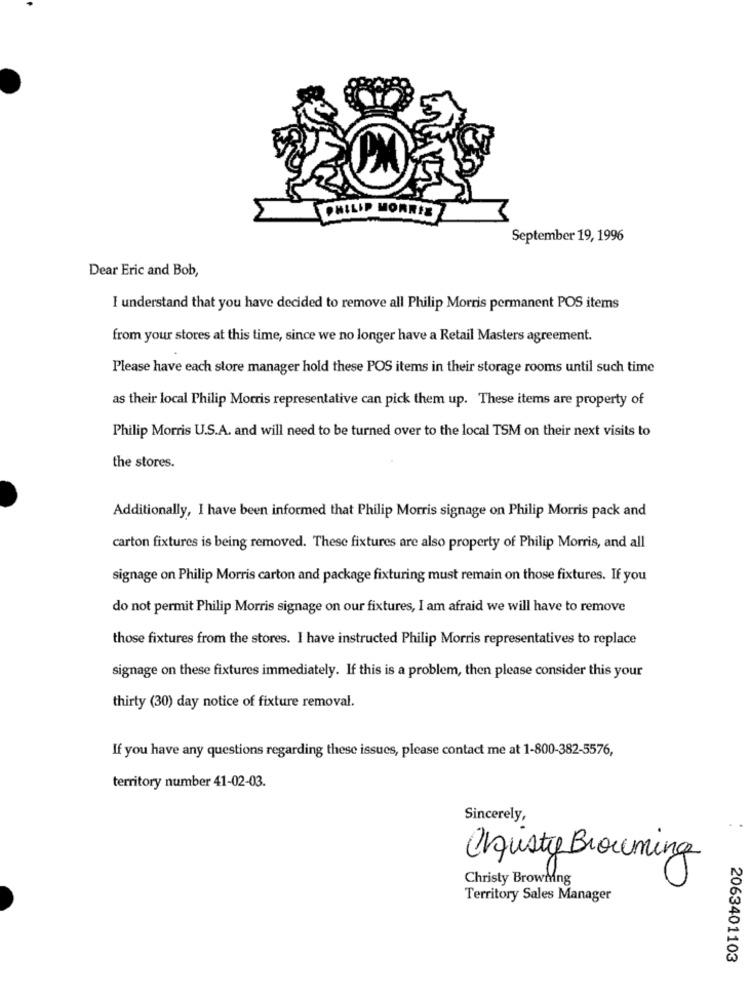
PHILIP MORRIS
September 19, 1996
Dear Eric and Bob,
I understand that you have decided to remove all Philip Morris permanent POS items
from your stores at this time, since we no longer have a Retail Masters agreement.
Please have each store manager hold these POS items in their storage rooms until such time
as their local Philip Morris representative can pick them up. These items are property of
Philip Morris U.S.A. and will need to be turned over to the local TSM on their next visits to
the stores.
Additionally, I have been informed that Philip Morris signage on Philip Morris pack and
carton fixtures is being removed. These fixtures are also property of Philip Morris, and all
signage on Philip Morris carton and package fixturing must remain on those fixtures. If you
do not permit Philip Morris signage on our fixtures, I am afraid we will have to remove
those fixtures from the stores. I have instructed Philip Morris representatives to replace
signage on these fixtures immediately. If this is a problem, then please consider this your
thirty (30) day notice of fixture removal.
If you have any questions regarding these issues, please contact me at 1-800-382-5576,
territory number 41-02-03.
Sincerely,
Crusty Brouming
Christy Browning
Territory Sales Manager
2063401103